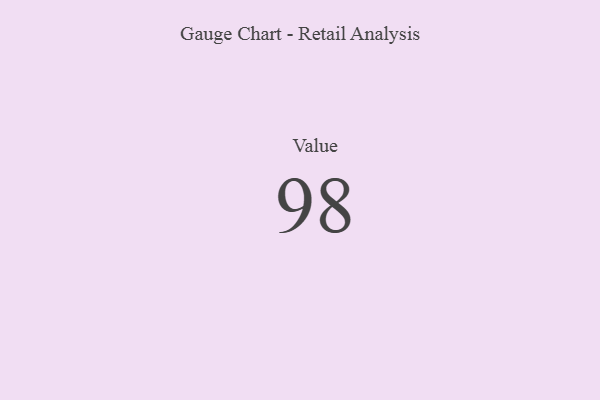
{"axis": {"x": "Metric", "y": "Value"}, "legend": [""], "data": [{"x": "Value", "y": 98, "type": ""}]}